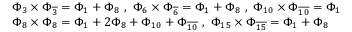
\begin{array} { l } { { \Phi _ { 3 } \times \Phi _ { \overline { { 3 } } } = \Phi _ { 1 } + \Phi _ { 8 } \ , \ \Phi _ { 6 } \times \Phi _ { \overline { { 6 } } } = \Phi _ { 1 } + \Phi _ { 8 } \ , \ \Phi _ { 1 0 } \times \Phi _ { \overline { { { 1 0 } } } } = \Phi _ { 1 } } } \\ { { \Phi _ { 8 } \times \Phi _ { 8 } = \Phi _ { 1 } + 2 \Phi _ { 8 } + \Phi _ { 1 0 } + \Phi _ { \overline { { { 1 0 } } } } \ , \ \Phi _ { 1 5 } \times \Phi _ { \overline { { { 1 5 } } } } = \Phi _ { 1 } + \Phi _ { 8 } } } \end{array}